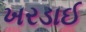
ખરડાઈ